Plague in India, 1896, 1897 - Volume 1
Year: 1896
Disease focus: Plague
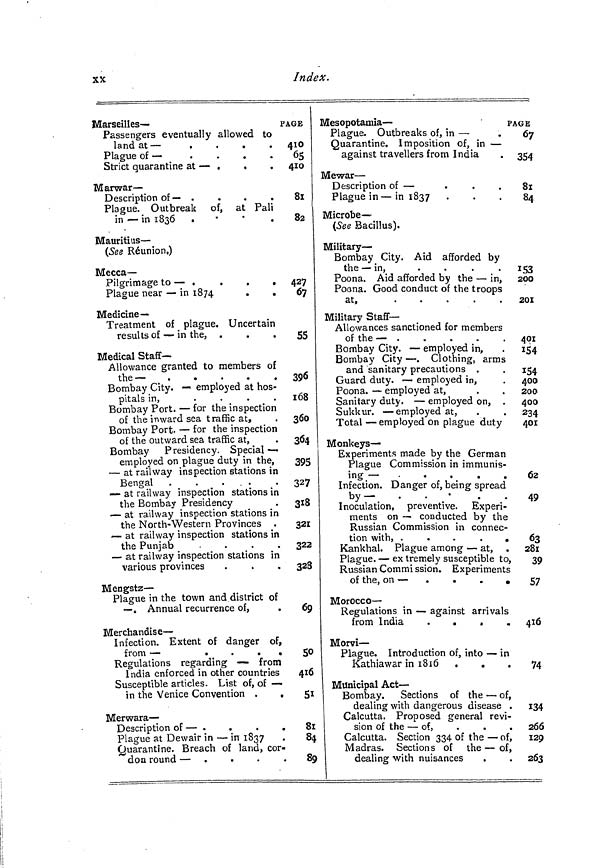
XX
Index.
Marseilles—
p
Passengers eventually allowed to
land at —
Plague of —
Strict quarantine at — ,
.
Marwar—
Description of — .
Plague. Outbreak of, at Pali
in — in 1836 .
Mauritius —
(See Réunion.)
Mecca-
Pilgrimage to — ,
.
.
.
Plague near — in 1874
.
.
Medicine—
Treatment of plague. Uncertain
results of — in the, .
Medical Staff-
Allowance granted to members of
the—
.
.
.
Bombay City. — employed at hos-
pitals in,
.
.
.
.
Bombay Port. — for the inspection
of the inward sea traffic at,
Bombay Port. — for the inspection
of the outward sea traffic at,
Bombay Presidency. Special —
employed on plague duty in the,
— at railway inspection stations in
Bengal .
.
, .
— at railway inspection stations in
the Bombay Presidency
— at railway inspection stations in
the North- Western Provinces .
— at railway inspection stations in
the Punjab
.
.
.
.
— at railway inspection stations in
various provinces
Mengstz—
Plague in the town and district of
— . Annual recurrence of,
Merchandise —
Infection. Extent of danger of,
from —
. . . .
Regulations regarding — from
India enforced in other countries
Susceptible articles. List of, of —
in the Venice Convention .
,
Merwara—
Description of — .
.
.
.
Plague at Dewair in -— in 1837
Quarantine. Breach of land, cor-
don round — .
.
.
AGE
410
65
410
81
82
427
67
55
396
1 68
360
364
395
327
3i8
321
322
328
69
50
416
51
81
84
89
Mesopotamia —
PAGE
Plague. Outbreaks of, in —
Quarantine. Imposition of, in —
against travellers from India
Mewar —
Description of —
Plague in — in 1837
Microbe —
(See Bacillus).
Military —
Bombay City. Aid afforded by
the — in,
Poona. Aid afforded by the — in,
Poona. Good conduct of the troops
at.
.
.
.
.
.
j
.
.
.
.
.
Military Staff-
Allowances sanctioned for members
of the —
Bombay City. — employed in,
Bombay City — . Clothing, arms
and sanitary precautions .
Guard duty. -— employed in,
Poona. — employed at,
Sanitary duty. — employed on, .
Sukkur. — employed at,
Total — employed on plague duty
Monkeys-
Experiments made by the German
Plague Commission in immunis-
ing —
Infection. Danger of, being spread
by—
.
.
•
.
.
Inoculation, preventive. Experi-
ments on — conducted by the
Russian Commission in connec-
tion with, .
.
.
.
.
Kankhal. Plague among — at, .
Plague. — ex tremely susceptible to,
Russian Commi ssion. Experiments
of the, on — .
.
.
•
Morocco —
Regulations in — against arrivals
from India
.
.
.
Morvi —
Plague. Introduction of, into — in
Kathiawar in 1816 .
.
Municipal Act —
Bombay. Sections of the — of,
dealing with dangerous disease .
Calcutta. Proposed general revi-
sion of the — of,
Calcutta. Section 334 of the — of,
Madras. Sections of the — of,
dealing with nuisances
67 i
354
81
84
153
200
301
401
154
154
400
20O
400
234
401
62
49
63
281
39
57
416
74
134
266
129
263